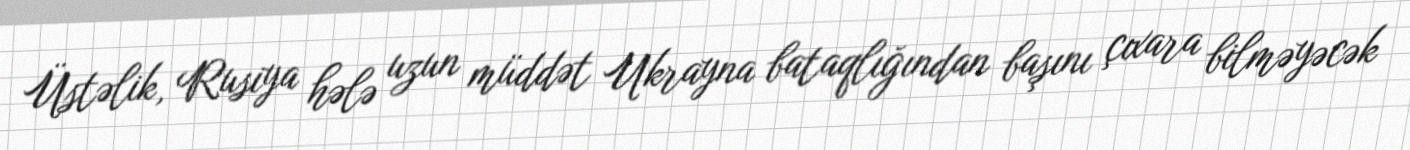
Üstəlik, Rusiya hələ uzun müddət Ukrayna bataqlığından başını çıxara bilməyəcək